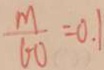
\frac { m } { 6 0 } = 0 . 1